Kambja_algkool, lk 110
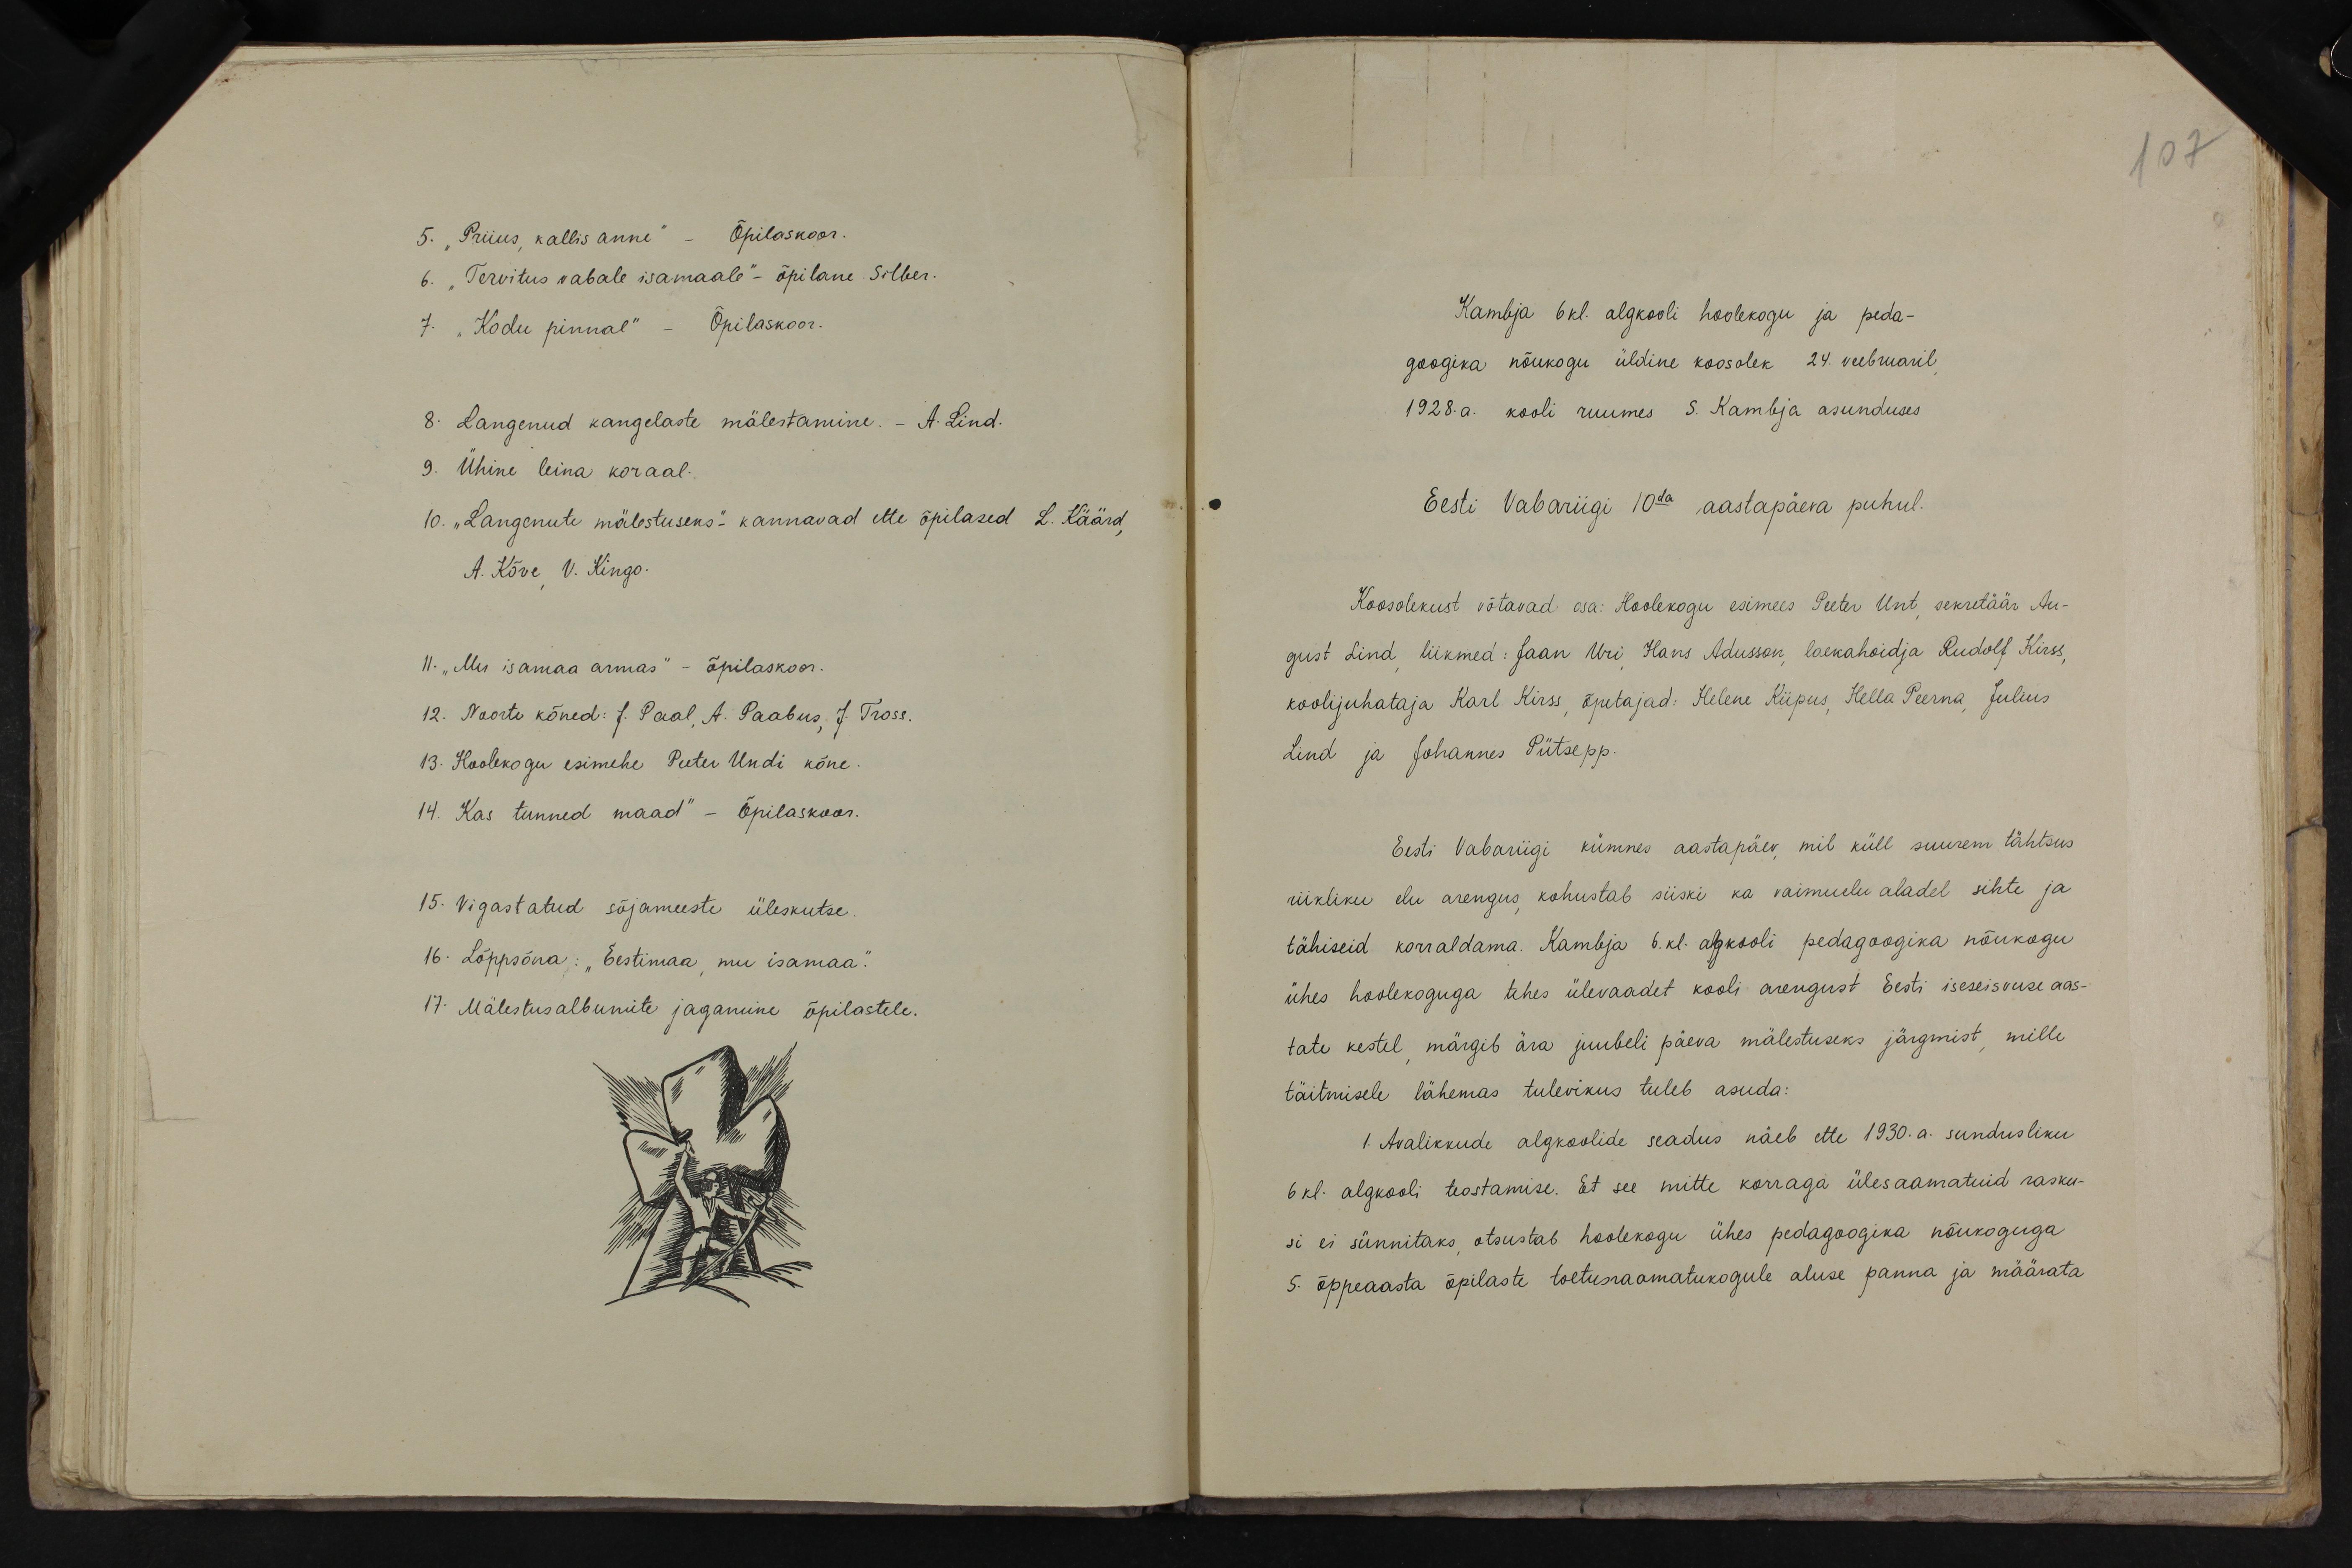
107

5. "Priius, kallis anne" - Õpilaskoor.
6. "Tervitus vabale isamaale" - õpilane. Silber.
7. "Kodu pinnal" - Õpilaskoor.
8. Langenud kangelaste mälestamine. - A. Lind.
9. Ühine leina koraal.
10. "Langenute mälestuseks"- kannavad ette õpilased L. Käärd,
A. Kõve V. Kingo.
11. "Mu isamaa armas" - õpilaskoor.
12. Noorte kõned: J. Paal, A. Paabus, J. Tross.
13. Hoolekogu esimehe Peeter Uni kõne.
14. Kas tunned maad" - Õpilaskoor.
15. Vigastatud sõjameeste üleskutse.
16. Lõppsõna: "Eestimaa, mu isamaa."
17. Mälestusalbumite jagamine õpilastele.

Kambja 6 kl. algkooli hoolekogu ja peda-
googika nõukogu üldine koosolek 24. veebruaril
1928. a. kooli ruumes S. Kambja asunduses
Eesti Vabariigi 10da aastapäeva puhul.
Koosolekust võtavad osa: Hoolekogu esimees Peeter Unt, sekretäär Au-
gust Lind liikmed: Jaan Uri, Hans Adusson, laekahoidja Rudolf Kirss,
koolijuhataja Karl Kirss, õpetajad: Helene Kiipus, Hella Peerna, Julius
Lind ja Johannes Pütsepp.
Eesti Vabariigi kümnes aastapäev, mil küll suurem tähtsus
riikliku elu arengus, kohustab siiski ka vaimuelu aladel sihte ja
tähiseid korraldama. Kambja 6. kl. algkooli pedagoogika nõukogu
ühes hoolekoguga tehes ülevaadet kooli arengust Eesti iseseisvuse aas-
tate kestel, märgib ära juubeli päeva mälestuseks järgmist, mille
täitmisele lähemas tulevikus tuleb asuda:
1. Avalikkude algkoolide seadus näeb ette 1930. a. sundusliku
6 kl. algkooli teostamise. Et see mitte korraga ülesaamatuid rasku-
si ei sünnitaks otsustab hoolekogu ühes pedagoogika nõukoguga
5. õppeaasta õpilaste toetusraamatukogule aluse panna ja määrata